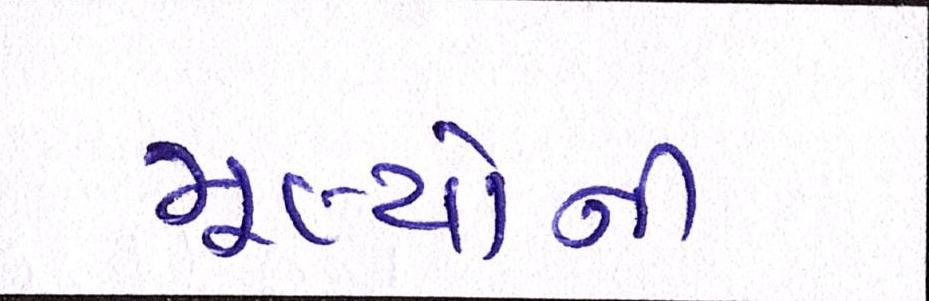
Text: મૂલ્યોની